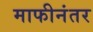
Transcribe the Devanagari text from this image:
माफीनंतर